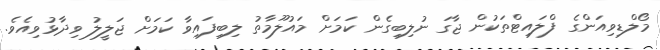
މޯލްޑިވިއަންގެ ފްލައިޓްތަކުން ޖާގަ ނުލިބިގެން ކަމަށް މައުލޫމާތު ލިބިފައިވާ ކަމަށް ޖަލީލު ވިދާޅުވިއެވެ.